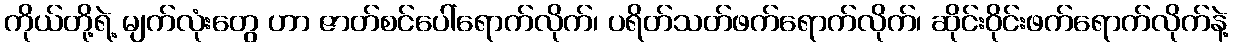
ကိုယ်တို့ရဲ့ မျက်လုံးတွေ ဟာ ဇာတ်စင်ပေါ်ရောက်လိုက်၊ ပရိတ်သတ်ဖက်ရောက်လိုက်၊ ဆိုင်းဝိုင်းဖက်ရောက်လိုက်နဲ့